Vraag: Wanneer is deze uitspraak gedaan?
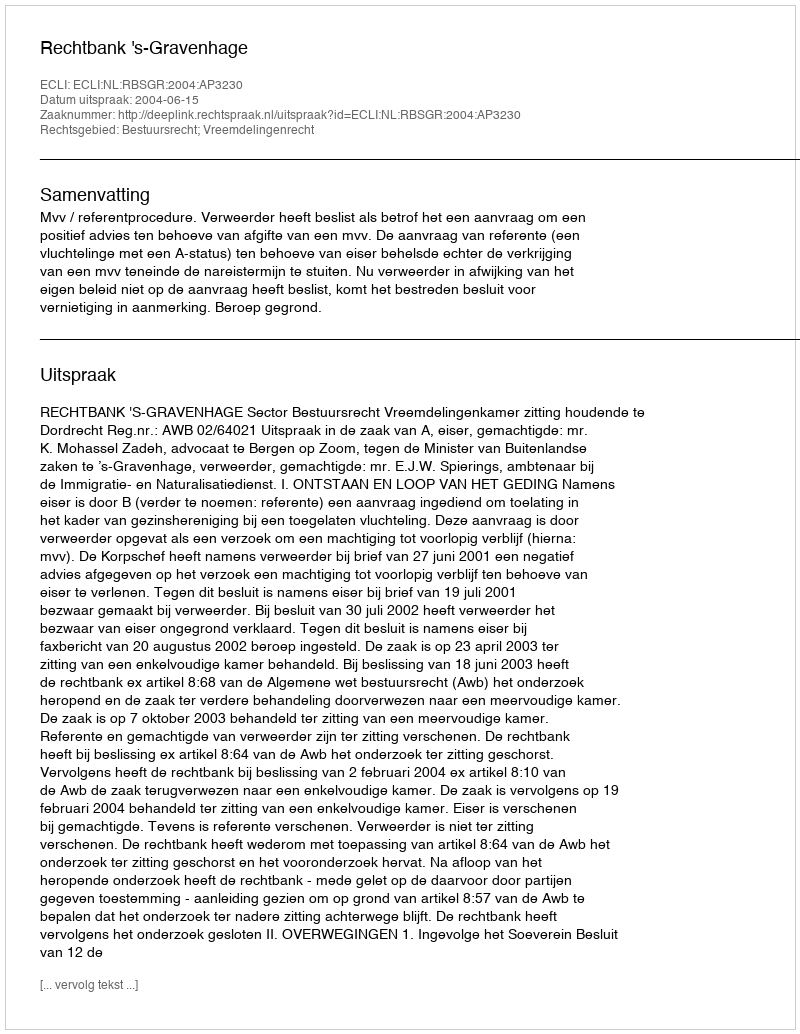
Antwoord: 2004-06-15